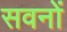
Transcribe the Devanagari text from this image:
सवनों